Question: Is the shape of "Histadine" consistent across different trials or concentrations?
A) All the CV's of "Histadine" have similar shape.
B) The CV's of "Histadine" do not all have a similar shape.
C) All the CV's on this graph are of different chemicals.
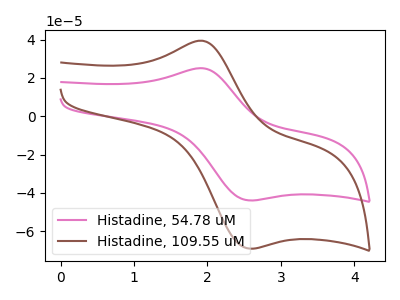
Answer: <think>The pink curve "Histadine, 54.78 uM" has an anodic peak at (1.90V, 25.10uA) and a cathodic peak at (2.55V, -43.90uA). The brown curve "Histadine, 109.55 uM" has an anodic peak at (1.90V, 39.45uA) and a cathodic peak at (2.55V, -69.05uA).
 All the peaks in "Histadine, 54.78 uM" have a peak in "Histadine, 109.55 uM" at the same potential. Every peak in "Histadine, 54.78 uM" is lower than every peak in "Histadine, 109.55 uM".</think>
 <answer>A) All the CV's of "Histadine" have similar shape.</answer>
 <eval>A</eval>